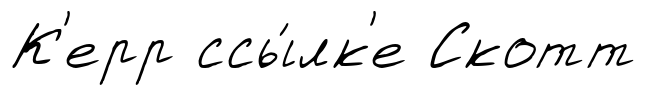
К'ерр ссы́лк'е Скотт